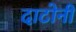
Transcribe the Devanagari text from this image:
दाटोनी